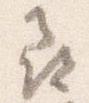
尋